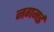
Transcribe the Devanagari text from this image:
नगमई